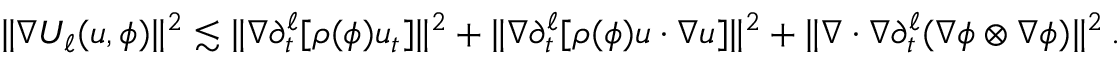
\begin{array} { r } { \| \nabla U _ { \ell } ( u , \phi ) \| ^ { 2 } \lesssim \| \nabla \partial _ { t } ^ { \ell } [ \rho ( \phi ) u _ { t } ] \| ^ { 2 } + \| \nabla \partial _ { t } ^ { \ell } [ \rho ( \phi ) u \cdot \nabla u ] \| ^ { 2 } + \| \nabla \cdot \nabla \partial _ { t } ^ { \ell } ( \nabla \phi \otimes \nabla \phi ) \| ^ { 2 } \, . } \end{array}